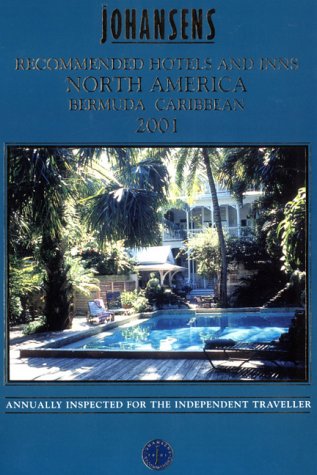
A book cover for Johansens Recommended Hotels and Inns North America, Bermuda, Caribbean 2001 (Alavish Series); Johansens; Travel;